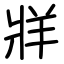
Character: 牂